Vaccination in Burma 1920-1933 - 1920-1933
Year: 1920
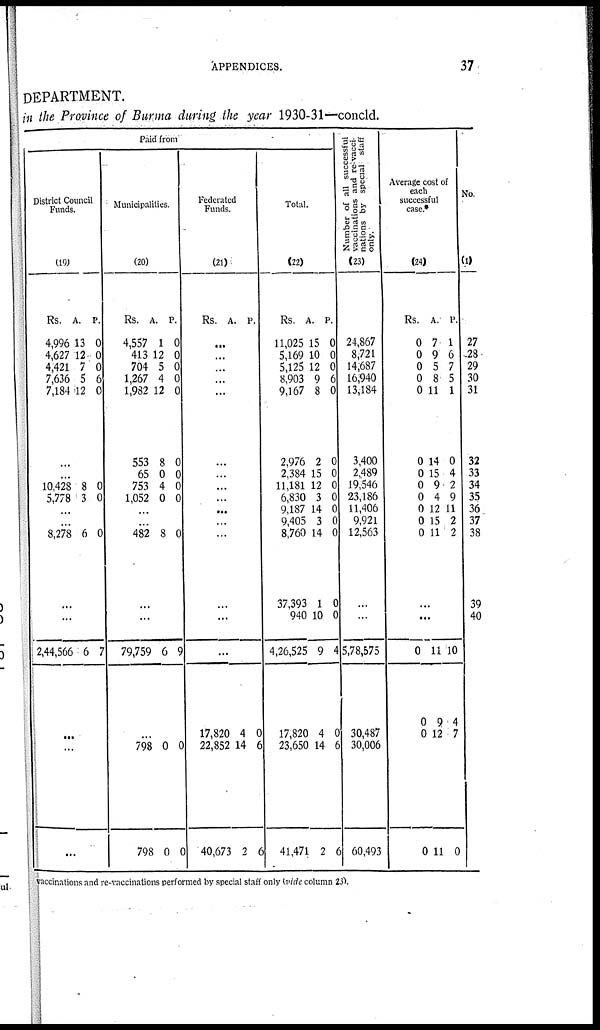
APPENDICES.
37
DEPARTMENT.
in the Province of Burma during the year 1930-31—concld.
Paid from
District Council
Funds.
(19)
Rs.
4,996
4,627
4,421
7,636
7,184
A.
13
12
7
5
12
P.
0
0
0
6
0
...
...
10,428
5,778
8
3
0
0
...
...
8,278 6 0
...
...
2,44,566 6 7
...
...
...
Municipalities.
(20)
Rs.
4,557
413
704
1,267
1,982
553
65
753
1,052
A.
1
12
5
4
12
8
0
4
0
P.
0
0
0
0
0
0
0
0
0
...
...
482 8 0
...
...
79,759 6 9
...
798
798
0
0
0
0
Federated
Funds.
(21)
Rs. A. P.
...
...
...
...
...
...
...
...
...
...
...
...
...
...
...
17,820
22,852
40,633
4
14
2
0
6
6
Total.
(22)
Rs.
11,025
5,169
5,125
8,903
9,167
2,976
2,384
11,181
6,830
9,187
9,405
8,760
37,393
940
4,26,525
17,820
23,650
41,471
A.
15
10
12
9
8
2
15
12
3
14
3
14
1
10
9
4
14
2
P.
0
0
0
6
0
0
0
0
0
0
0
0
0
0
4
0
6
6
Number of all successful
vaccinations and re-vacci-
nations by special staff
only.
(23)
24,867
8,721
14,687
16,940
13,184
3,400
2,489
19,546
23,186
11,406
9,921
12,563
...
...
5,78,575
30,487
30,006
60,493
Average cost of
each
successful
case.*
(24)
Rs.
0
0
0
0
0
0
0
0
0
0
0
0
A.
7
9
5
8
11
14
15
9
4
12
15
11
P.
1
6
7
5
1
0
4
2
9
11
2
2
...
...
0
0
0
0
11
9
12
11
10
4
7
0
No.
(1)
27
28
29
30
31
32
33
34
35
36
37
38
39
40
vaccinations and re-vaccinations performed by special staff only (vide column 23).